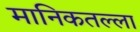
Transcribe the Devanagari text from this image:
मानिकतल्ला